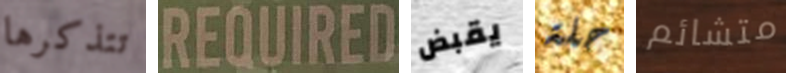
تتذكرها REQUIRED يقبض حلة متشائم